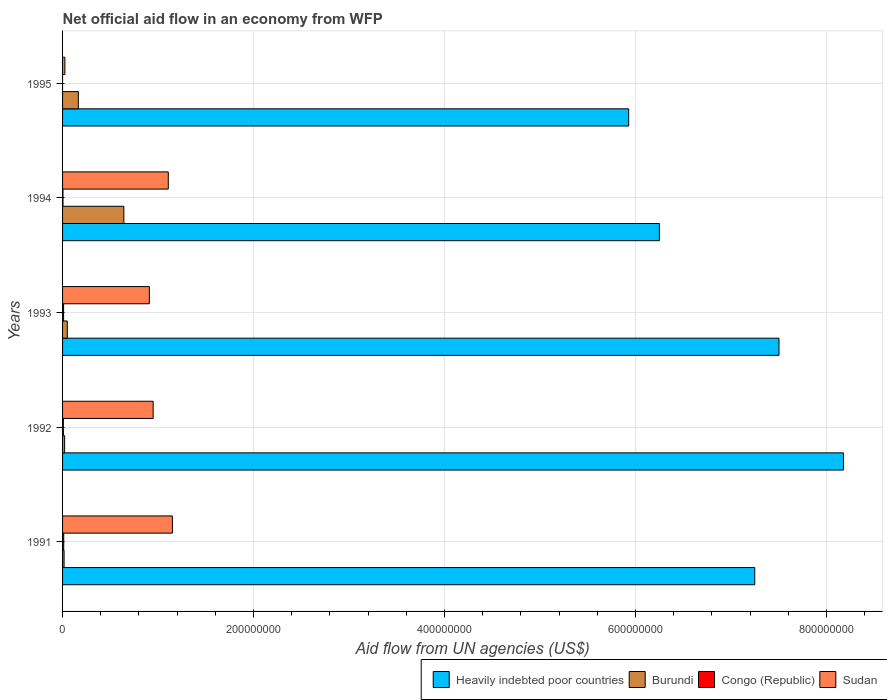
| Years | Heavily indebted poor countries | Burundi | Congo (Republic) | Sudan |
 | --- | --- | --- | --- | --- |
 | 1991 | 7.25e+08 | 1.59e+06 | 1.22e+06 | 1.15e+08 |
 | 1992 | 8.18e+08 | 2.15e+06 | 8.5e+05 | 9.48e+07 |
 | 1993 | 7.5e+08 | 4.97e+06 | 1.08e+06 | 9.08e+07 |
 | 1994 | 6.25e+08 | 6.42e+07 | 4.4e+05 | 1.11e+08 |
 | 1995 | 5.93e+08 | 1.65e+07 | -4e+04 | 2.43e+06 |